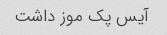
آیس پک موز داشت